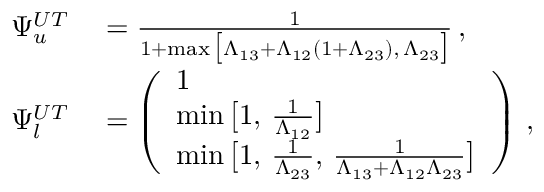
\begin{array} { r l } { \Psi _ { u } ^ { U T } } & { { } = \frac { 1 } { 1 + \operatorname* { m a x } \big [ \Lambda _ { 1 3 } + \Lambda _ { 1 2 } ( 1 + \Lambda _ { 2 3 } ) , \, \Lambda _ { 2 3 } \big ] } \, , } \\ { \Psi _ { l } ^ { U T } } & { { } = \left( \begin{array} { l } { 1 } \\ { \operatorname* { m i n } \big [ 1 , \, \frac { 1 } { \Lambda _ { 1 2 } } \big ] } \\ { \operatorname* { m i n } \big [ 1 , \, \frac { 1 } { \Lambda _ { 2 3 } } , \, \frac { 1 } { \Lambda _ { 1 3 } + \Lambda _ { 1 2 } \Lambda _ { 2 3 } } \big ] } \end{array} \right) \, , } \end{array}